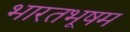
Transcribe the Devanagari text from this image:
भारतभूषम